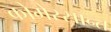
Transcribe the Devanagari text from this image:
कोमेरसान्त